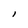
Character: l